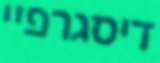
דיסגרפיי